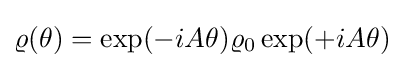
\varrho (\theta )=\exp(-iA\theta )\varrho _{0}\exp(+iA\theta )